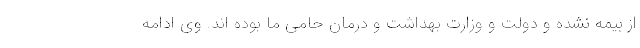
از بیمه نشده و دولت و وزارت بهداشت و درمان حامی ما بوده اند. وی ادامه